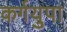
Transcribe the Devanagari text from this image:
कर्गयुपा